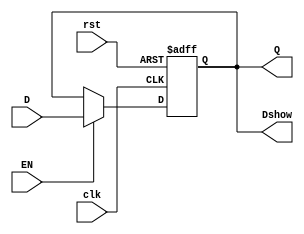
`timescale 1ns / 1ps

//clk EN1 rst0 D -> Q
module LS377(
    input wire clk,
    input wire EN,
    input wire rst,
    input wire [7:0] D,
    output wire [7:0] Q,
    output wire  [7:0] Dshow
    );
    
reg [7:0] data=8'b0000_0000;

assign Q = data;
assign Dshow=data;     
always @ (posedge clk or negedge rst) begin
    if(rst == 0)
        data = 8'b0000_0000;
    else if(EN == 1) 
        data = D;
end
endmodule